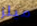
ميلز